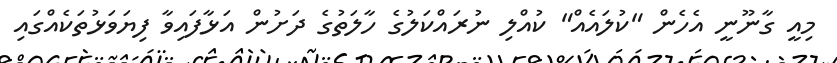
މިއީ ގާނޫނީ އެހެން "ކުލައެއް" ކުއްލި ނުރައްކަލުގެ ހާލަތުގެ ދަށުން އަޅާފައިވާ ފިޔަވަޅުތަކެއްގައި